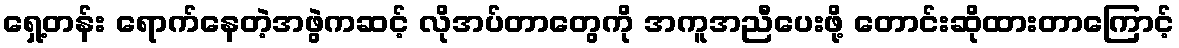
ရှေ့တန်း ရောက်နေတဲ့အဖွဲကဆင့် လိုအပ်တာတွေကို အကူအညီပေးဖို့ တောင်းဆိုထားတာကြောင့်